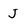
Character: J